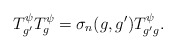
\begin{align*}T^\psi_{g'} T^\psi_{g} = \sigma_n (g,g') T^\psi_{g'g} .\end{align*}